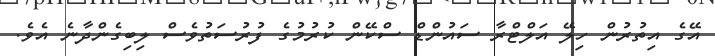
އޭގެ އިތުރުން ހިލޭ އަލްޓްރާ ސައުންޑް ސްކޭން ކުރުމުގެ ފުރުސަތުވެސް ލިބިގެންދާނެ އެވެ.